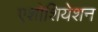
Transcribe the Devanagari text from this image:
एशोशियेशन